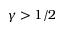
\gamma > 1 / 2